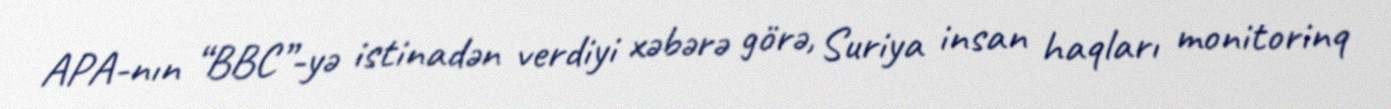
APA-nın “BBC”-yə istinadən verdiyi xəbərə görə, Suriya insan haqları monitorinq